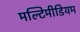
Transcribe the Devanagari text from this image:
मल्टिमीडियम